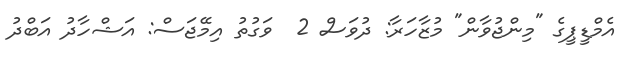
އެމްޑީޕީގެ "މިންޖުވާން" މުޒާހަރާ: ދުވަސް 2  ވަގުތު އިމޭޖަސް: އަޝްހާދު އަބްދު